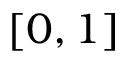
[ 0 , 1 ]